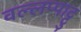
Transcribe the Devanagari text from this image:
वल्लप्पाट्टु